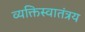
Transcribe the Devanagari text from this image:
व्यक्तिस्वातंत्रय